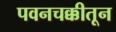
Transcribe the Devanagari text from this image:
पवनचक्कीतून